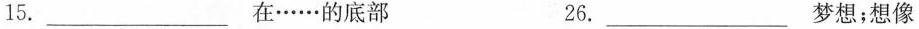
15.___在……的底部 26.___梦想；想像